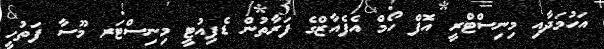
އަހުމަދާއި މިނިސްޓްރީ އޮފް ހޯމް އެފެއާޒްގެ ފަރާތުން ޑެޕިއުޓީ މިނިސްޓަރ މޫސާ ފަތުހީ